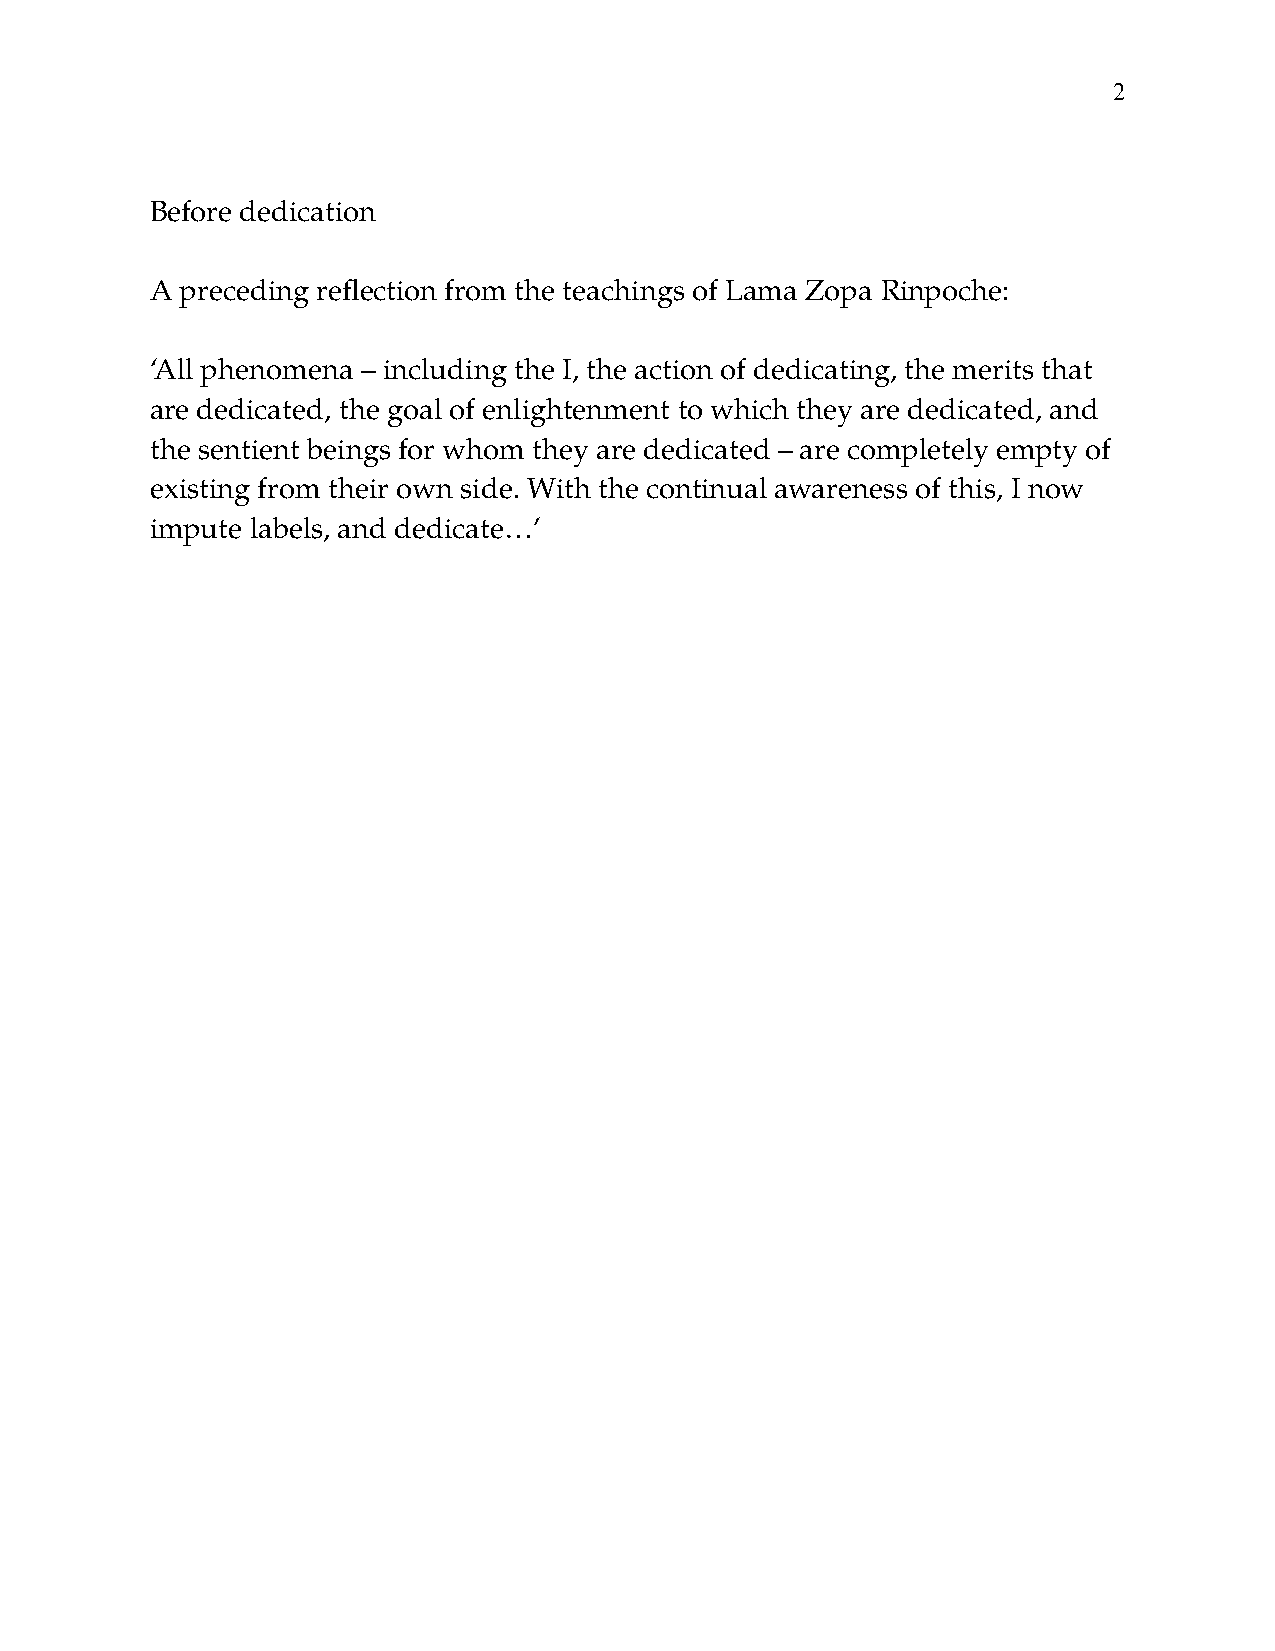
!2
 Before dedication
 A preceding reflection from the teachings of Lama Zopa Rinpoche:
 ‘All phenomena – including the I, the action of dedicating, the merits that
 are dedicated, the goal of enlightenment to which they are dedicated, and
 the sentient beings for whom they are dedicated – are completely empty of
 existing from their own side. With the continual awareness of this, I now
 impute labels, and dedicate…’